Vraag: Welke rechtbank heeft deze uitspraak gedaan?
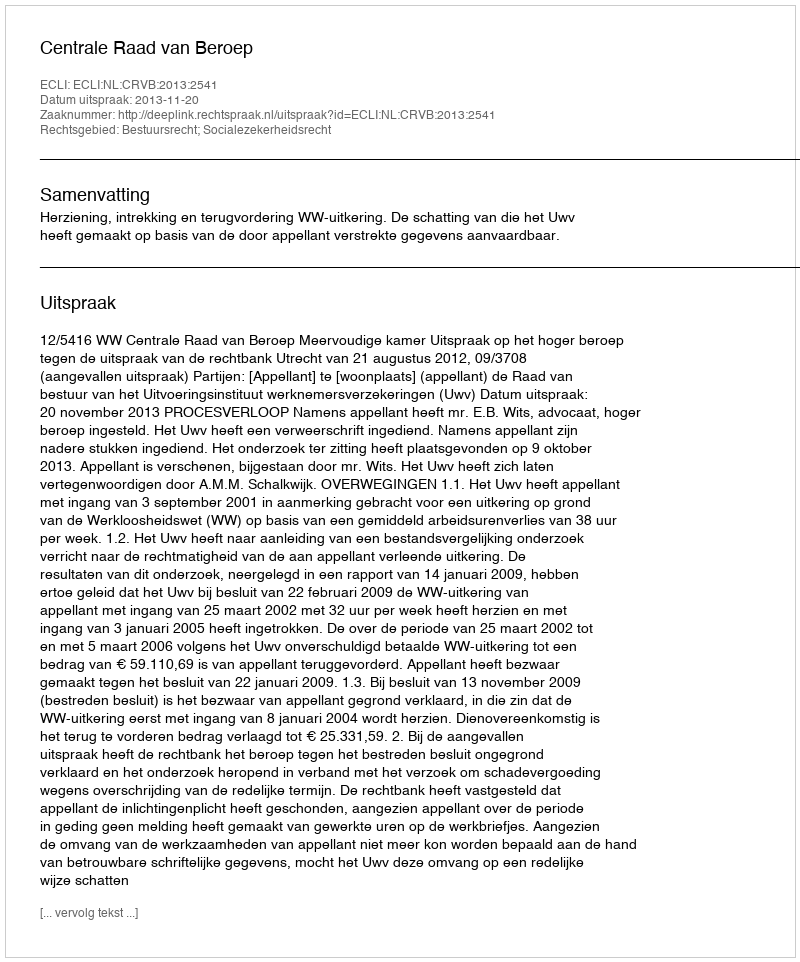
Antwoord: Centrale Raad van Beroep